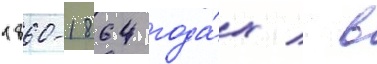
1860-1864 года́х / в